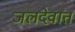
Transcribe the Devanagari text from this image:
जलदेवांत